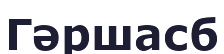
Гәршасб